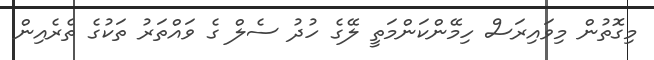
މިގޮތުން މިވައިރަސް ހިމޭންކަންމަތީ ލޭގެ ހުދު ސެލް ގެ ވައްތަރު ތަކުގެ ތެރެއިން